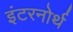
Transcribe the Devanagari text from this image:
इंटरनोर्थ